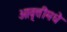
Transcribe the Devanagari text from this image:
आवृत्तीमधे